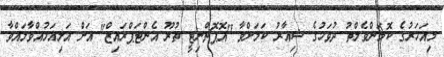
މިއަހަރުގެ ކޮމަންވެލްތު ދުވަހުގެ ޝިއާރު ކަމަށްވާ "އޮޕޮޗްނިޓީ ތުރޫ އެންޓަޕްރައިޒް" އަށް އަލިއަޅުއްވާލައްވާ